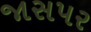
જાસપર